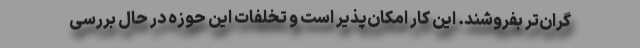
گران‌تر بفروشند. این کار امکان‌پذیر است و تخلفات این حوزه در حال بررسی